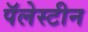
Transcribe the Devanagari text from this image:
पॅलेस्टीन